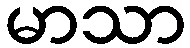
မာသာ